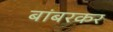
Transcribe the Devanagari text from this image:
बांबरकर